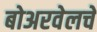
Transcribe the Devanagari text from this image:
बोअरवेलचे